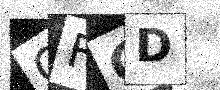
Text: OFCD